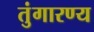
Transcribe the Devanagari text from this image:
तुंगारण्य